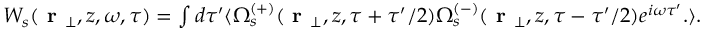
\begin{array} { r } { W _ { s } ( \textbf { r } _ { \perp } , z , \omega , \tau ) = \int d \tau ^ { \prime } \langle \Omega _ { s } ^ { ( + ) } ( \textbf { r } _ { \perp } , z , \tau + \tau ^ { \prime } / 2 ) \Omega _ { s } ^ { ( - ) } ( \textbf { r } _ { \perp } , z , \tau - \tau ^ { \prime } / 2 ) e ^ { i \omega \tau ^ { \prime } } . \rangle . } \end{array}